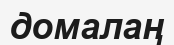
домалаң